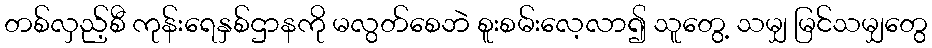
တစ်လှည့်စီ ကုန်းရေနှစ်ဌာနကို မလွတ်စေဘဲ စူးစမ်းလေ့လာ၍ သူတွေ့ သမျှ မြင်သမျှတွေ